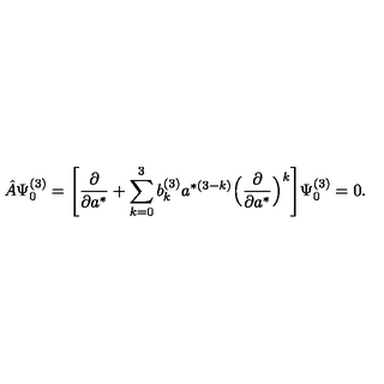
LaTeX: \hat { A } \Psi _ { 0 } ^ { ( 3 ) } = \Biggl [ \frac { \partial } { \partial a ^ { * } } + \sum _ { k = 0 } ^ { 3 } b _ { k } ^ { ( 3 ) } a ^ { * ( 3 - k ) } \Bigl ( \frac { \partial } { \partial a ^ { * } } \Bigr ) ^ { k } \Biggr ] \Psi _ { 0 } ^ { ( 3 ) } = 0 .